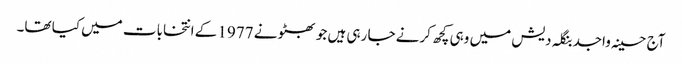
آج حسینہ واجد بنگلہ دیش میں وہی کچھ کرنے جا رہی ہیں جو بھٹو نے 1977 کے انتخابات میں کیا تھا۔